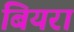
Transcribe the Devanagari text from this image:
बियरा